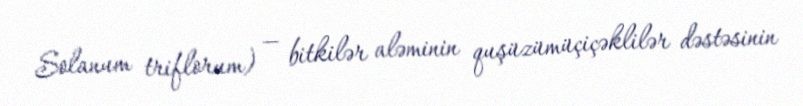
Solanum triflorum) — bitkilər aləminin quşüzümüçiçəklilər dəstəsinin